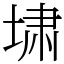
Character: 㙌